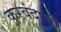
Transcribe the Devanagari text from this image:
करवंदाची